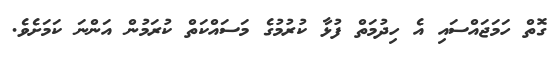
ގޮތް ހަމަޖައްސައި އެ ހިދުމަތް ފުޅާ ކުރުމުގެ މަސައްކަތް ކުރަމުން އަންނަ ކަމަށެވެ.